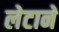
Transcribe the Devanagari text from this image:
लेटाने